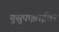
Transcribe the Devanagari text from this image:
युसुफझाईवर